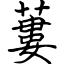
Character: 蔞